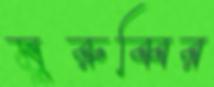
মুরুব্বির